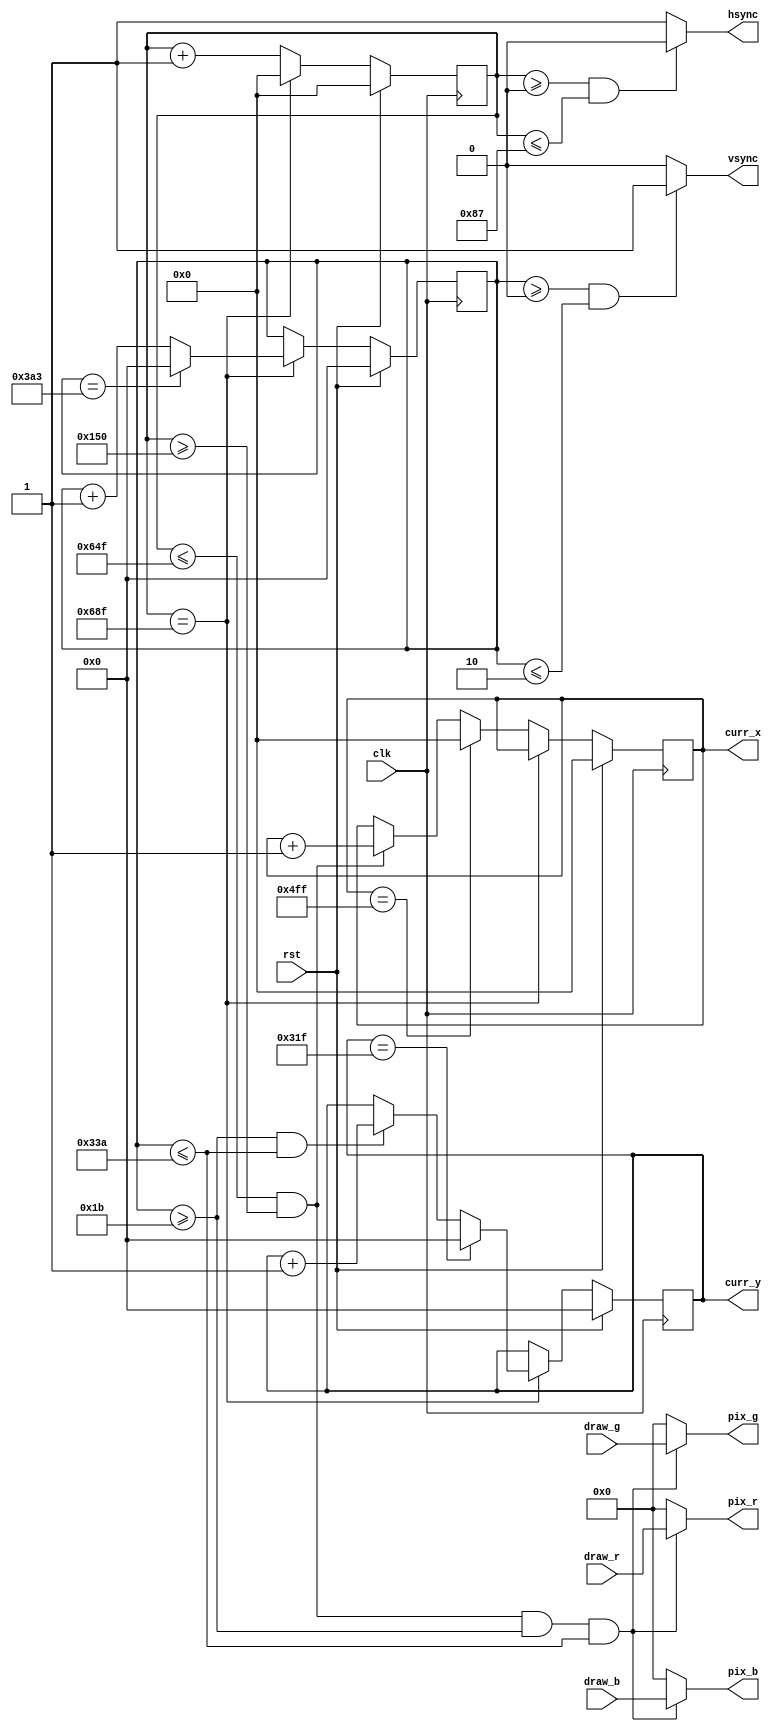
//////////////////////////////////////////////////////////////////////////////////
// Company: 
// Engineer: 
// 
// Design Name: GoldMiner
// Module Name: vga_out
// Project Name: GoldMiner
// Target Devices: 
// Tool Versions: 
// Description: 
// 
// Dependencies: 
// 
// Revision:
// Revision 0.01 - File Created
// Additional Comments:
// 
//////////////////////////////////////////////////////////////////////////////////


module vga_out(
    input clk,rst,
    input  [3:0] draw_r,
    input  [3:0] draw_g,
    input  [3:0] draw_b,
    output  [3:0] pix_r,
    output  [3:0] pix_g,
    output  [3:0] pix_b,
    output [10:0] curr_x,
    output [9:0] curr_y,
    output hsync,
    output vsync
    );
    reg [10:0] hcount=11'd0;
    reg [9:0] vcount=10'd0;
    reg [10:0] curr_x_counter=11'd0;
    reg [9:0] curr_y_counter=10'd0;
    
    always @ (posedge clk) 
    begin
        if (rst == 1'b1)
        begin  
        hcount <= 11'd0; 
        vcount <= 10'd0; 
        end
    else begin
        if (hcount == 11'd1679) 
        begin 
            hcount <= 11'd0;
            if (vcount == 10'd931) 
                vcount <= 10'd0;
            else
                vcount = vcount + 1'b1;
        end
        else
            hcount = hcount + 1'b1;
    end
    end
    
    always @(posedge clk) begin
        if (rst == 1'b1)
        begin  
        curr_x_counter <= 11'd0; 
        curr_y_counter <= 10'd0; 
        end
        else begin
        if(hcount ==  11'd1679)
            begin 
                if (curr_y_counter == 10'd799)  curr_y_counter <= 10'd0;
                else if((vcount >= 10'd27) & (vcount <= 10'd826)) curr_y_counter = curr_y_counter + 1'b1;
            end
        else
            begin
                if(curr_x_counter == 11'd1279) curr_x_counter <= 11'd0;
                else if((hcount <= 11'd1615) & (hcount >= 11'd336)) curr_x_counter = curr_x_counter + 1'b1;
            end
        end
    end
    
    assign curr_x = curr_x_counter;
    assign curr_y = curr_y_counter;
    
    assign hsync = ((hcount >= 11'd0) & (hcount <= 11'd135))? 1'b0: 1'b1;
    assign vsync = ((vcount >= 10'd0) & (vcount <= 10'd2))? 1'b1: 1'b0;
    

    assign pix_r = ((hcount<=11'd1615) & (hcount >= 11'd336) & (vcount>=10'd27) &(vcount <= 10'd826))? draw_r: 4'd0000;
    assign pix_g = ((hcount<=11'd1615) & (hcount >= 11'd336) & (vcount>=10'd27) &(vcount <= 10'd826))? draw_g: 4'd0000;
    assign pix_b = ((hcount<=11'd1615) & (hcount >= 11'd336) & (vcount>=10'd27) &(vcount <= 10'd826))? draw_b: 4'd0000;

endmodule